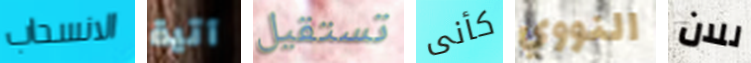
الانسحاب آتية تستقيل كأنى النووي للان